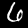
Digit: 6